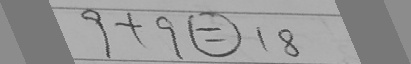
9 + 9 \textcircled { = } 1 8